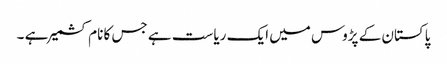
پاکستان کے پڑوس میں ایک ریاست ہے جس کا نام کشمیر ہے ۔